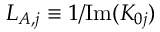
L _ { A , j } \equiv 1 / \mathrm { I m } ( K _ { 0 j } )